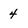
Character: 4